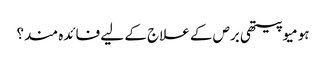
ہومیوپیتھی برص کے علاج کے لیے فائدہ مند؟